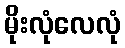
မိုးလုံလေလုံ